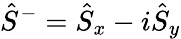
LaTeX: \hat{S}^{-}=\hat{S}_{x}-i\hat{S}_{y}